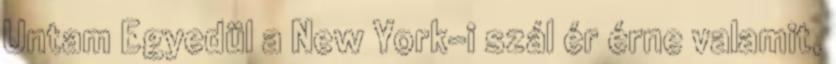
Untam Egyedül a New York-i szál ér érne valamit,